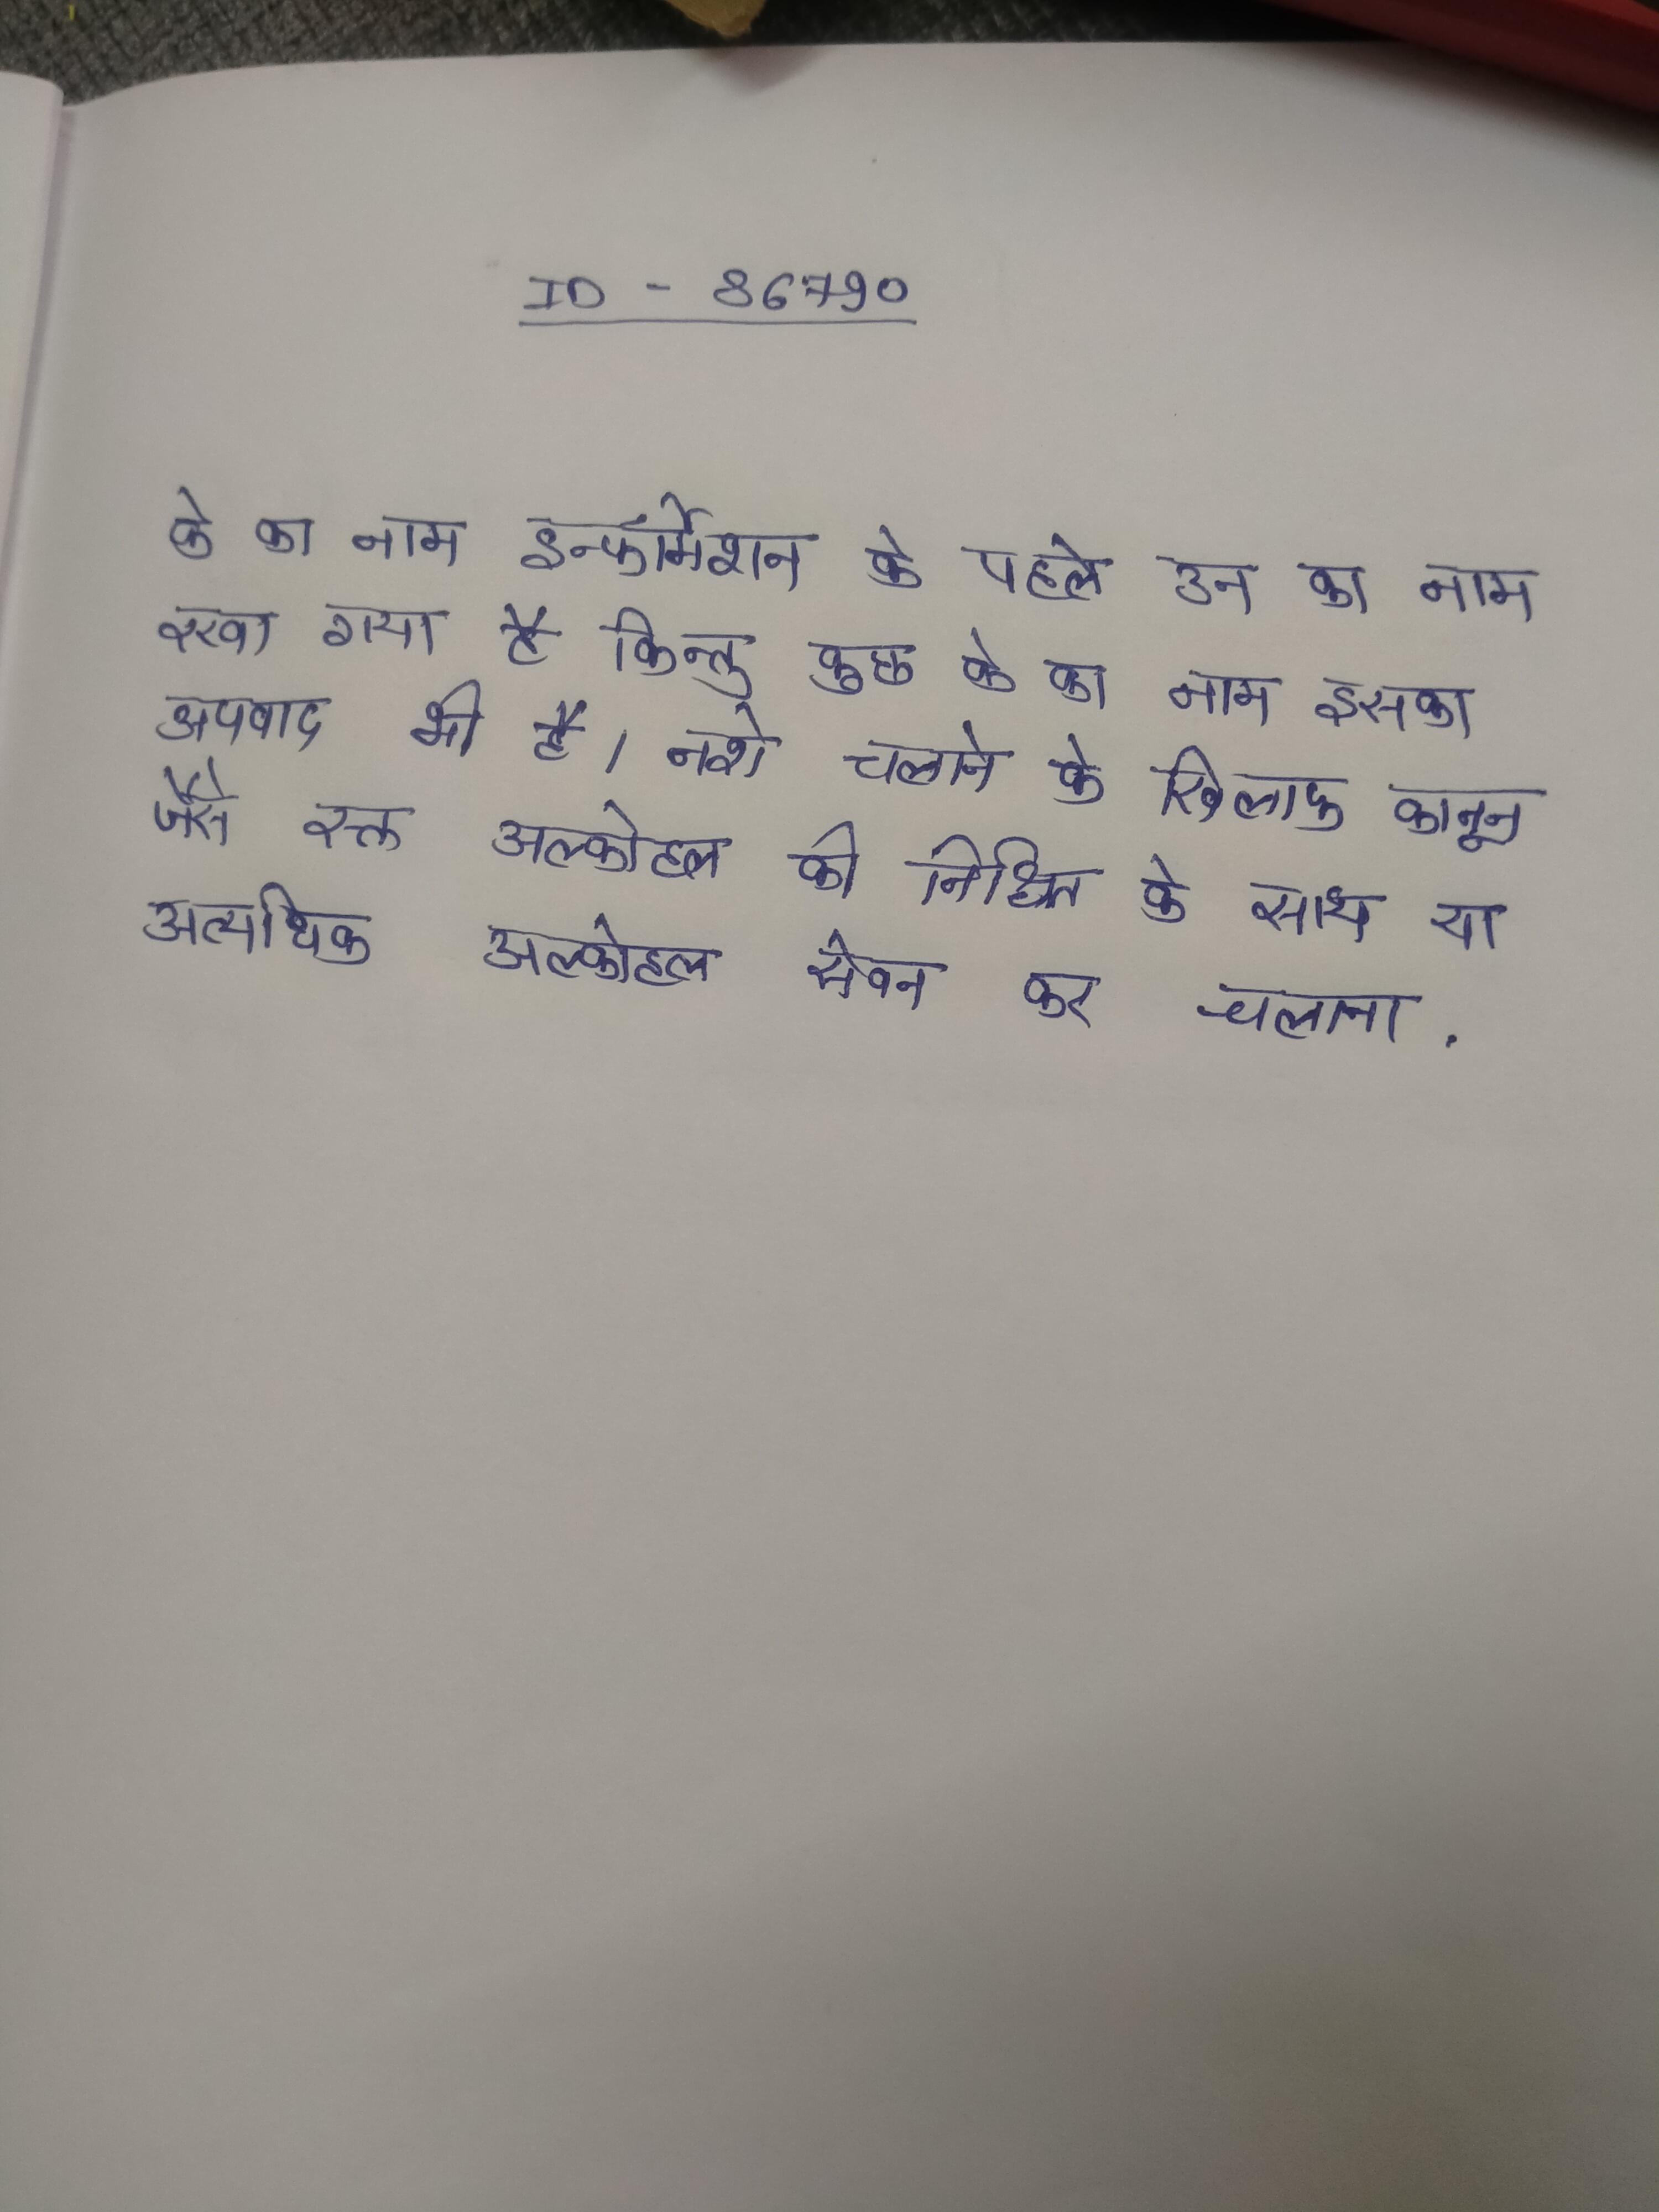
के का नाम इन्फॉर्मेशन के पहले उन का नाम रखा गया है किन्तु कुछ के का नाम इसका अपवाद भी है । नशे चलाने के खिलाफ कानून जैसे रक्त अल्कोहल की निश्चित के साथ या अत्यधिक अल्कोहल सेवन कर चलाना .